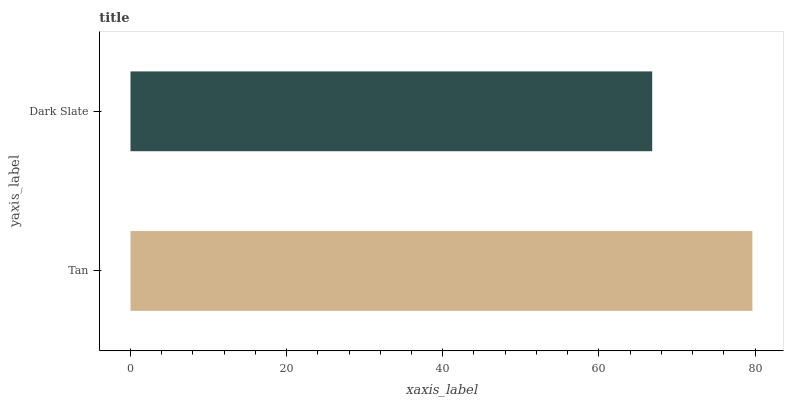
| yaxis_label | bars |
 | --- | --- |
 | Tan | 79.7 |
 | Dark Slate | 66.8 |